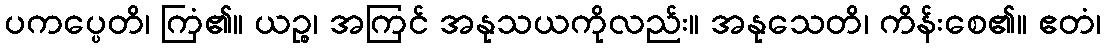
ပကပ္ပေတိ၊ ကြံ၏။ ယဉ္စ၊ အကြင် အနုသယကိုလည်း။ အနုသေတိ၊ ကိန်းစေ၏။ ဧတံ၊